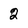
Character: 2